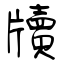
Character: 牘